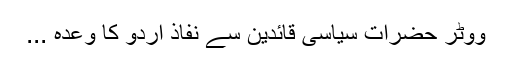
ووٹر حضرات سیاسی قائدین سے نفاذ اردو کا وعدہ ...